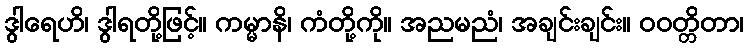
ဒွါရေဟိ၊ ဒွါရတို့ဖြင့်။ ကမ္မာနိ၊ ကံတို့ကို။ အညမညံ၊ အချင်းချင်း။ ဝဝတ္တိတာ၊